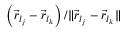
\left( \vec { r } _ { l _ { j } } - \vec { r } _ { l _ { k } } \right) / \| \vec { r } _ { l _ { j } } - \vec { r } _ { l _ { k } } \|